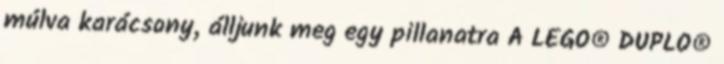
múlva karácsony, álljunk meg egy pillanatra A LEGO® DUPLO®